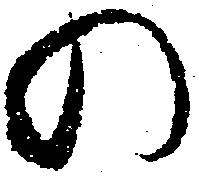
の